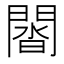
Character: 𨵝